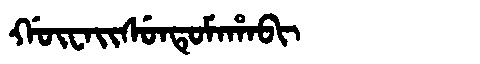
Manchu: ᡤᡡᠸᠠᡳᠰᡠᠨᡨᡠᠮᠠᡥᠠᠪᡳ
Romanization: GŪWAISUNTUMAHABI